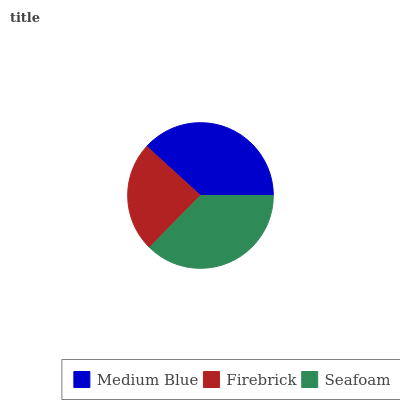
| Medium Blue | Firebrick | Seafoam |
 | --- | --- | --- |
 | 38.2% | 24.4% | 37.4% |